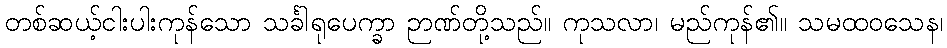
တစ်ဆယ့်ငါးပါးကုန်သော သင်္ခါရုပေက္ခာ ဉာဏ်တို့သည်။ ကုသလာ၊ မည်ကုန်၏။ သမထဝသေန၊